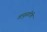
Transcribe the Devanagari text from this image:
वायुस्फीति